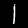
Digit: 1